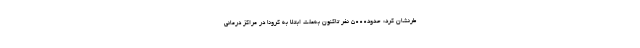
طرنشان کرد: حدود۵۰۰۰ نفر تاکنون به‌علت ابتلا به کرونا در مراکز درمانی